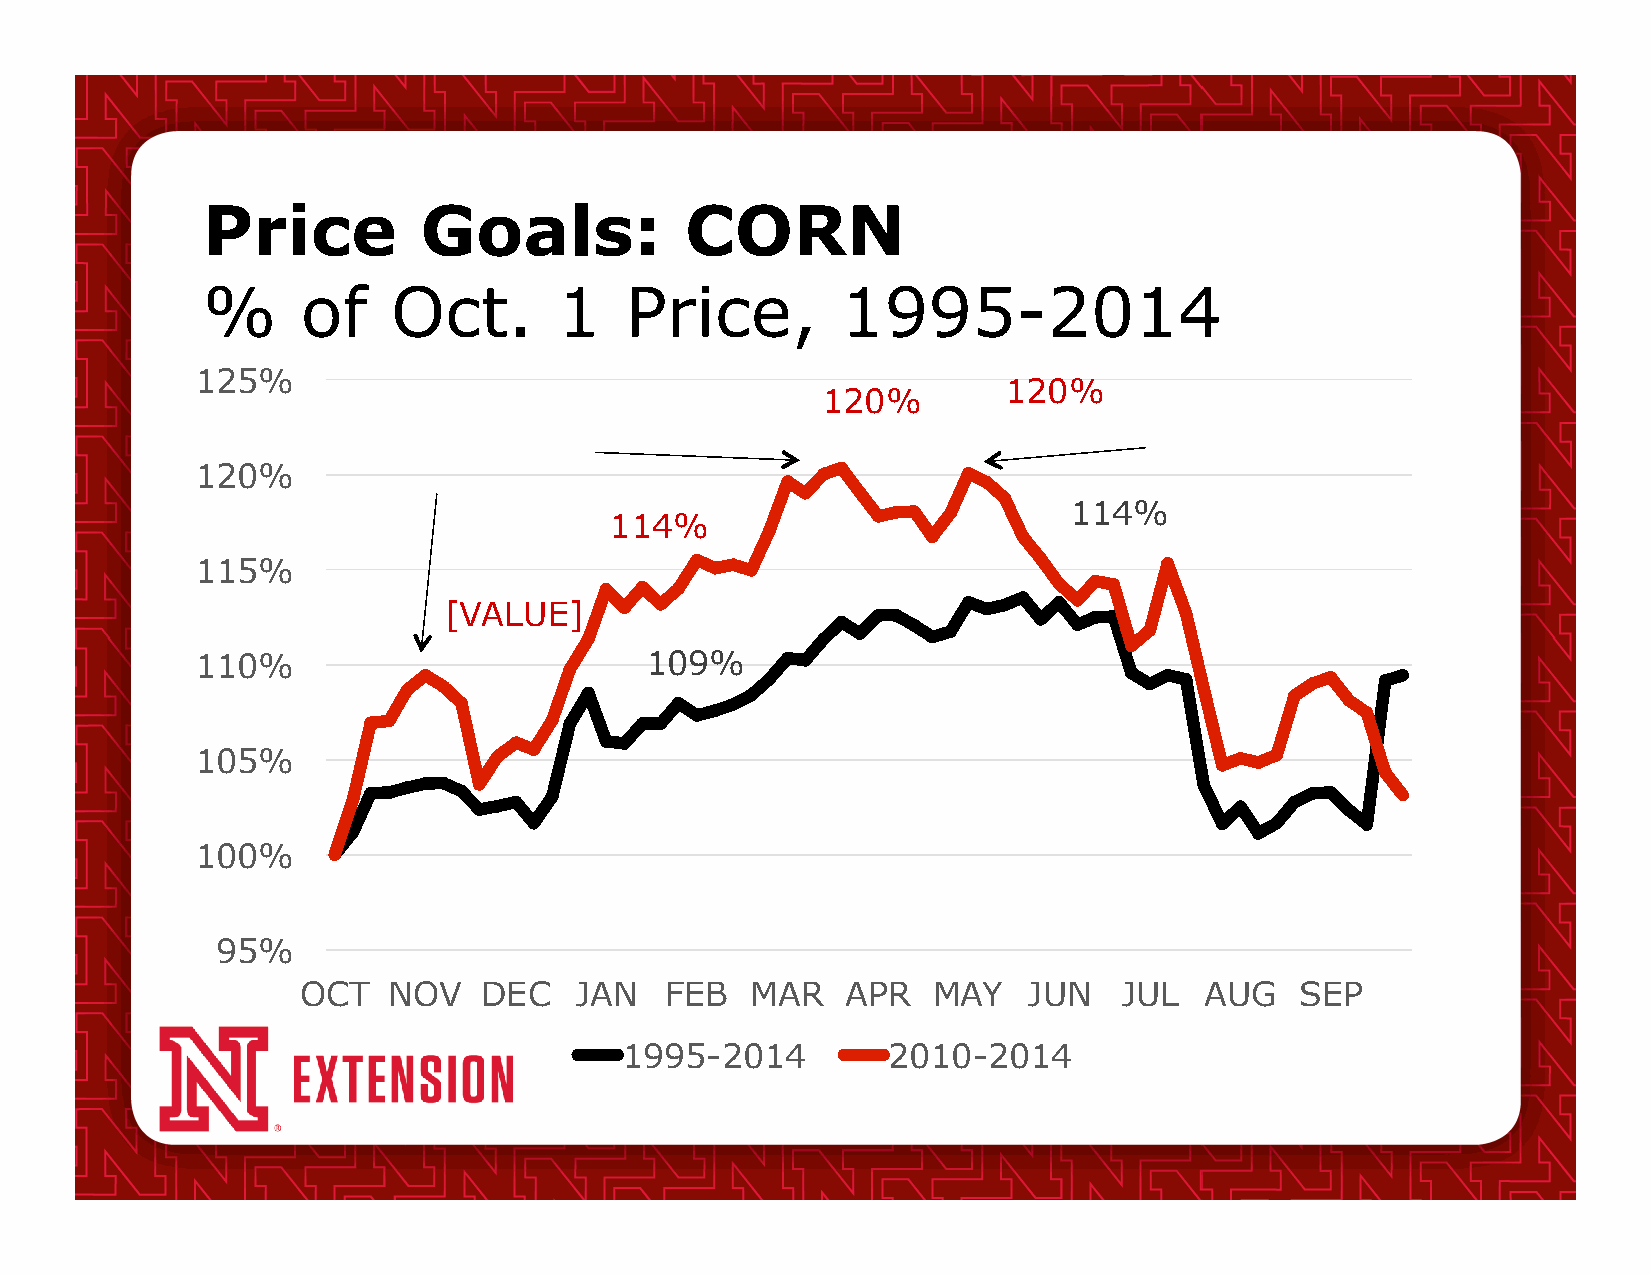
Price          Goals:           CORN
 %      of    Oct.       1   Price,         1995-2014
 125%
 120%
 120%
 120%
 114%
 114%
 115%
 [VALUE]
 110%                          109%
 105%
 100%
 95%
 OCT   NOV   DEC   JAN   FEB   MAR   APR   MAY   JUN   JUL   AUG   SEP
 1995-2014         2010-2014